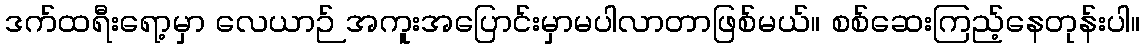
ဒက်ထရီးရော့မှာ လေယာဉ် အကူးအပြောင်းမှာမပါလာတာဖြစ်မယ်။ စစ်ဆေးကြည့်နေတုန်းပါ။